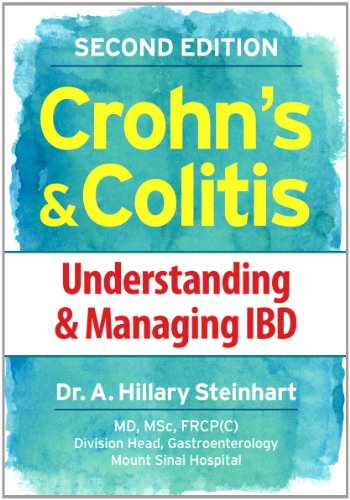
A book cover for Crohn's and Colitis: Understanding and Managing IBD; Dr. Hillary Steinhart; Health, Fitness & Dieting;